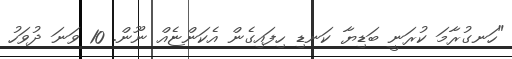
"ހަނގުރާމަ ކުރަނީ ބަޑިޔާ ކަނޑި ހިފައިގެން އެކަންޏެއް ނޫން. 10 ވަނަ ދުވަހު